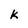
Character: k